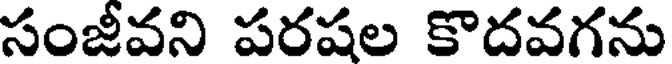
సంజీవని పరషల కొదవగను